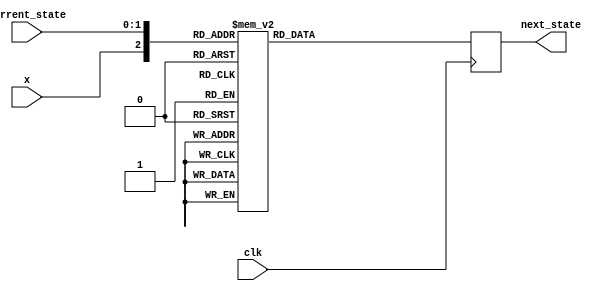
  

                 //behavioral level modeling for drawing a ckt from a given counter state diagram


module states(input x, clk,input [1:0] current_state,output reg [1:0] next_state); 
               

    always @ (posedge clk)
    begin
    case ({x,current_state})
	  3'b000: next_state <= 2'b01;
	  3'b001: next_state <= 2'b01;
	  3'b010: next_state <= 2'b01;
	  3'b011: next_state <= 2'b01;
	  3'b100: next_state <= 2'b10;
	  3'b101: next_state <= 2'b10;
	  3'b110: next_state <= 2'b11;
	  3'b111: next_state <= 2'b00;
    endcase 
    end
endmodule